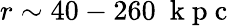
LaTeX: r\sim 40-260~\mathrm{~k~p~c~}